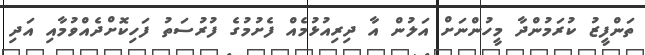
ތަންފީޒު ކުރަމުންދާ މީހުންނަށް އަލުން އާ ދިރިއުޅުމެއް ފެށުމުގެ ފުރުސަތު ފަހިކޮށްދެއްވުމާއި އަދި